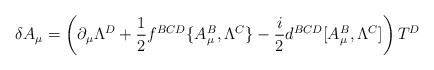
\begin{align*}\delta A_\mu=\left(\partial_\mu\Lambda^D+{1\over2}f^{BCD}\{A^B_\mu, \Lambda^C\}-{i\over2}d^{BCD}[A^B_\mu, \Lambda^C]\right)T^D\end{align*}